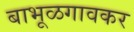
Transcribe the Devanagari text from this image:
बाभूळगावकर